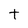
Character: t